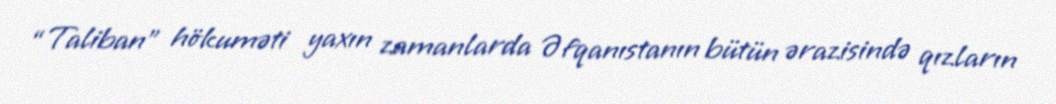
“Taliban” hökuməti yaxın zamanlarda Əfqanıstanın bütün ərazisində qızların